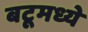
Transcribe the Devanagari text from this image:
बटूमध्ये